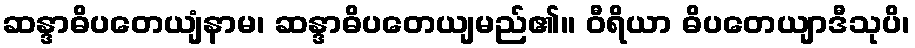
ဆန္ဒာဓိပတေယျံနာမ၊ ဆန္ဒာဓိပတေယျမည်၏။ ဝီရိယာ ဓိပတေယျာဒီသုပိ၊